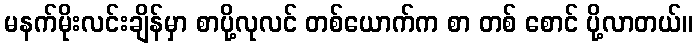
မနက်မိုးလင်းချိန်မှာ စာပို့လုလင် တစ်ယောက်က စာ တစ် စောင် ပို့လာတယ်။